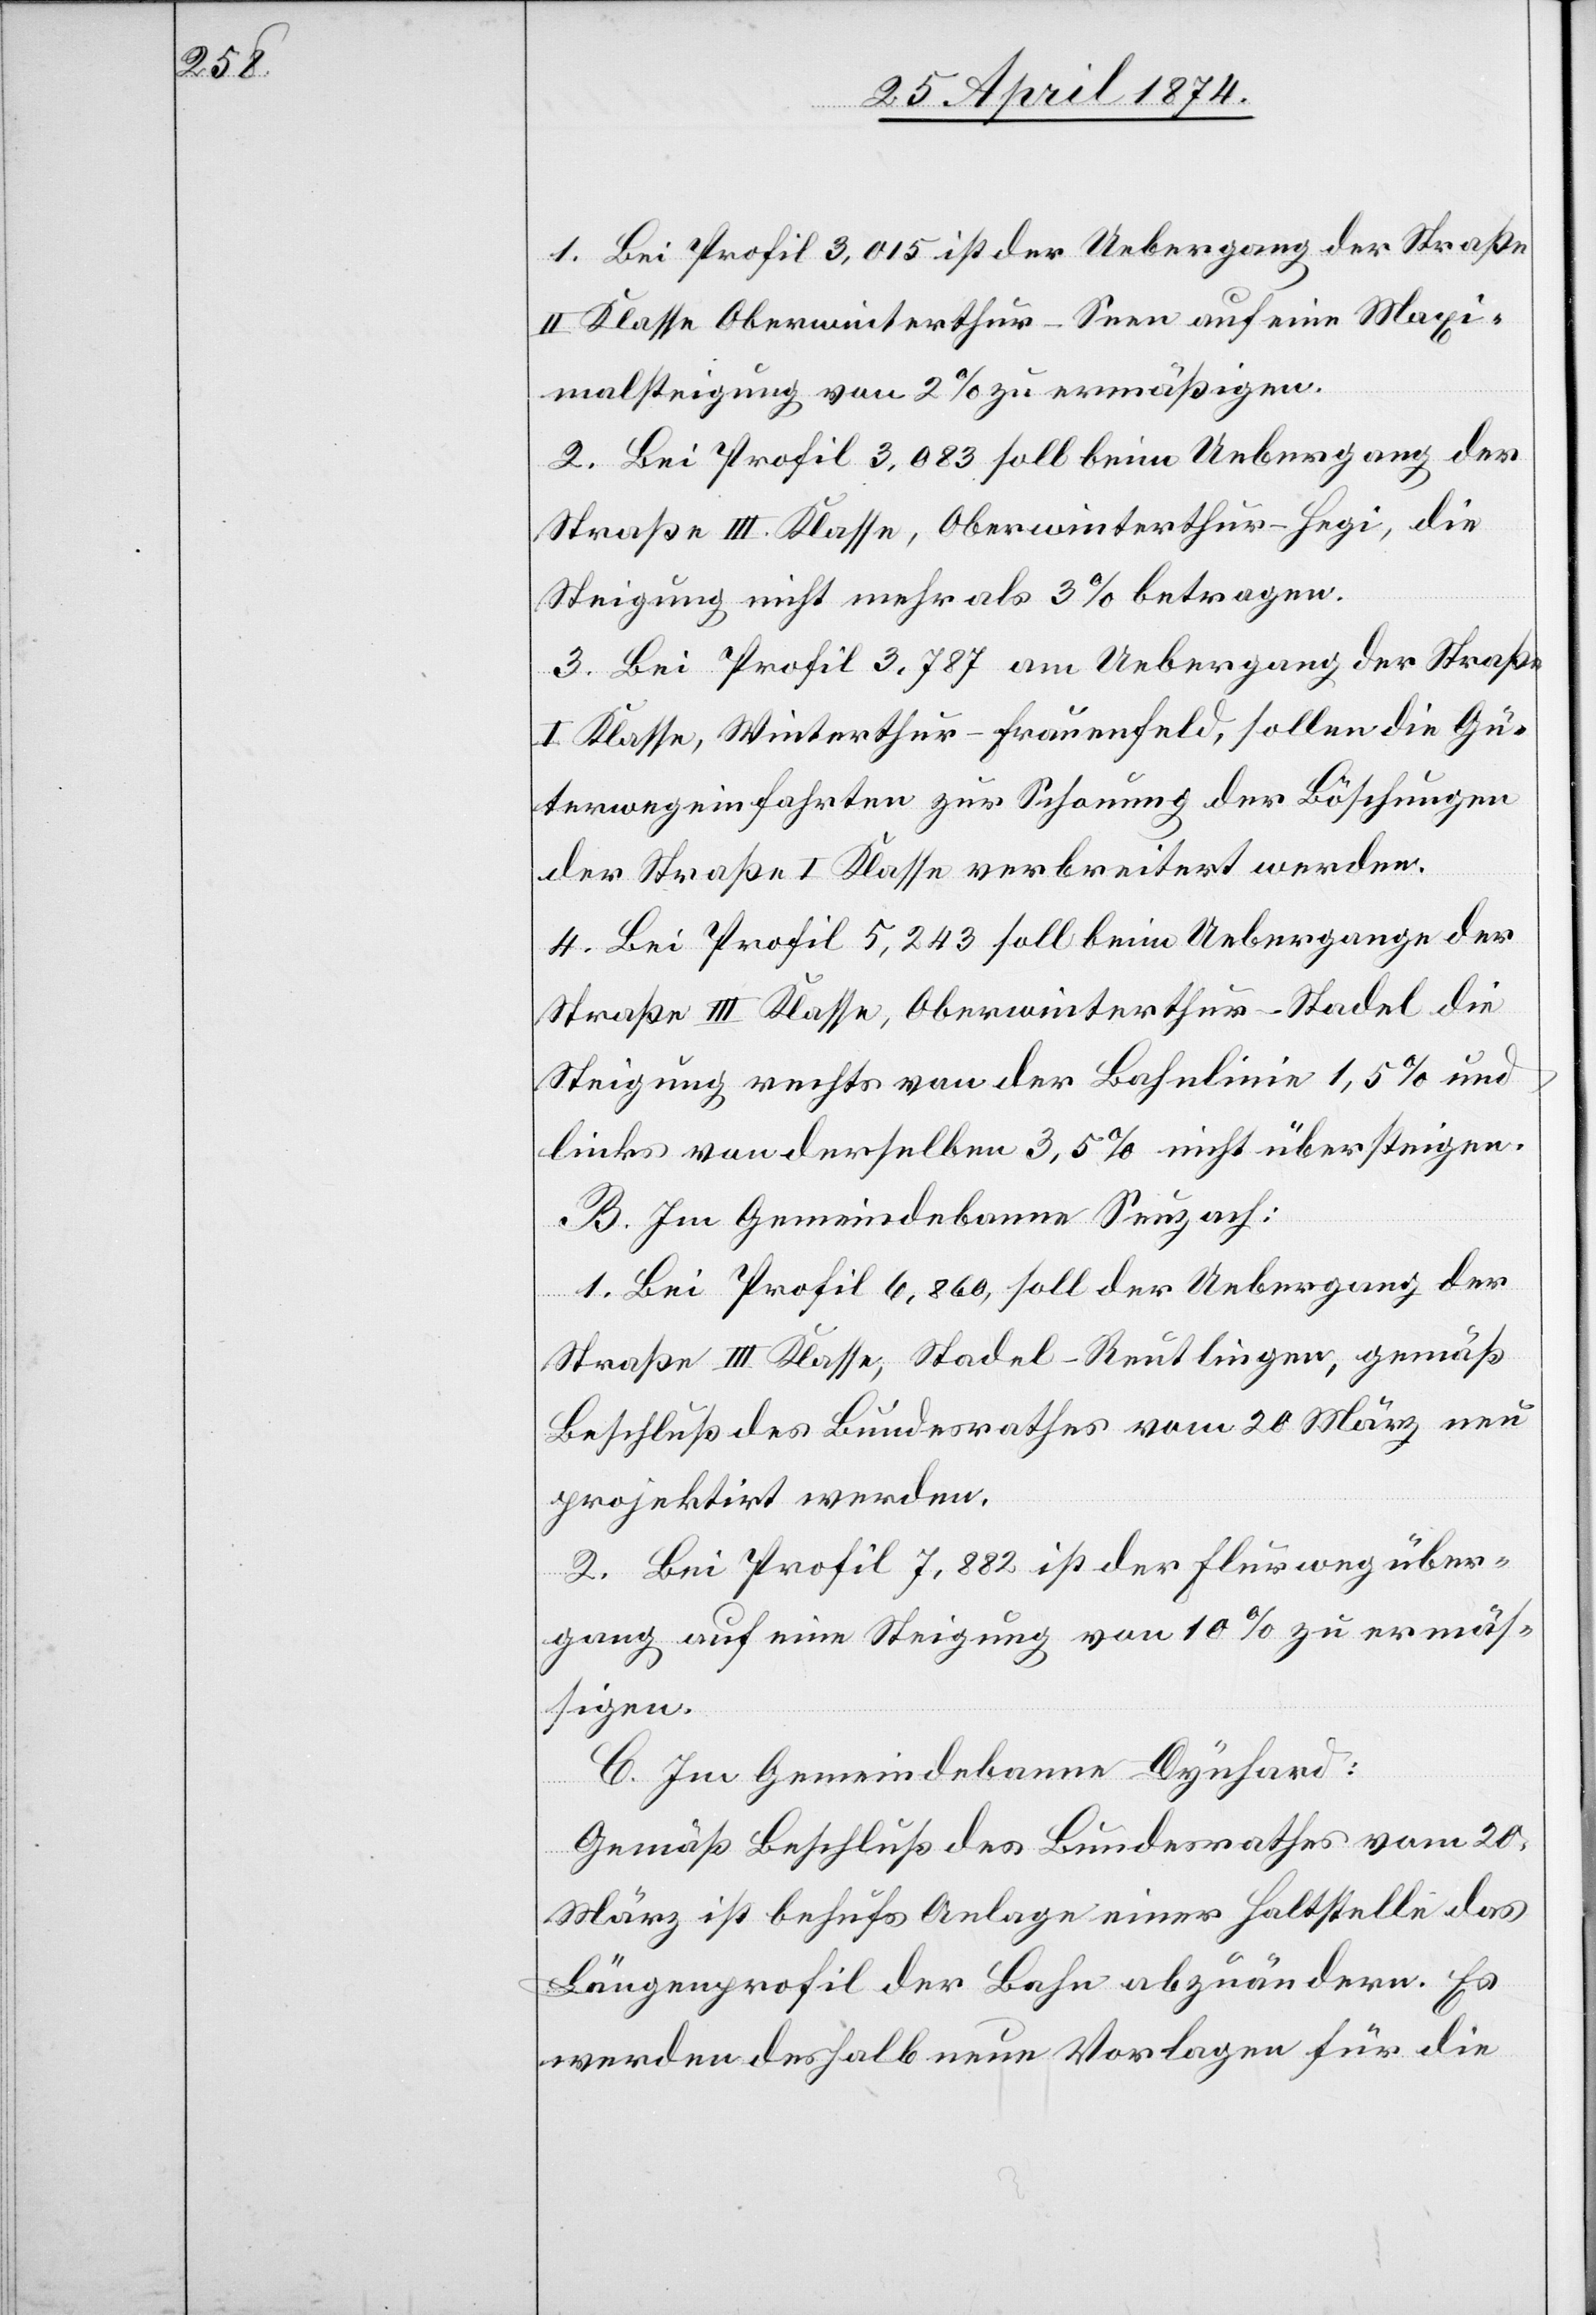
1. Bei Profil 3,015 ist der Uebergang der Straße
II. Klasse Oberwinterthur-Seen auf eine Maxi¬
malsteigung von 2% zu ermäßigen.
2. Bei Profil 3,083 soll beim Uebergang der
Straße III. Klasse, Oberwinterthur-Hegi, die
Steigung nicht mehr als 3% betragen.
3. Bei Profil 3,787 am Uebergang der Straße
I. Klasse, Winterthur-Frauenfeld, sollen die Gü¬
terwege in Fahrten zur Schonung der Böschungen
der Straße I. Klasse verbreitert werden.
4. Bei Profil 5,243 soll beim Uebergange der
Straße III. Klasse, Oberwinterthur-Stadel die
Steigung rechts von der Bahnlinie 1,5% und
links von derselben 3,5% nicht übersteigen.
B. Im Gemeindebanne Seuzach:
1. Bei Profil 6,860, soll der Uebergang der
Straße III. Klasse, Stadel-Reutlingen, gemäß
Beschluß des Bundesrathes vom 20. März neu
projektirt werden.
2. Bei Profil 7,882 ist der Flurwegüber¬
gang auf eine Steigung von 10% zu ermäs¬
sigen.
C. Im Gemeindebanne Dynhard:
Gemäß Beschluß des Bundesrathes vom 20.
März ist behufs Anlage einer Haltstelle das
Längenprofil der Bahn abzuändern. Es
werden deshalb neue Vorlagen für die